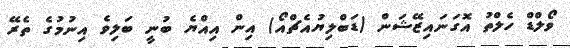
ވޯލްޑް ހެލްތު އޮގަނައިޒޭޝަން (ޑަބްލިޔުއެޗްއޯ) އިން އިއްޔެ ބުނީ ބަލިވެ އިނުމުގެ ތެރޭ